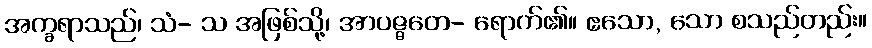
အက္ခရာသည်၊ သံ- သ အဖြစ်သို့၊ အာပဇ္ဇတေ- ရောက်၏။ ဧသော, သော စသည်တည်း။